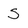
Character: S